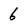
Character: 6